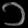
Digit: ၁